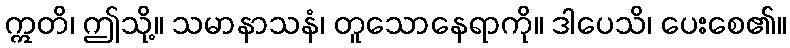
ဣတိ၊ ဤသို့။ သမာနာသနံ၊ တူသောနေရာကို။ ဒါပေသိ၊ ပေးစေ၏။